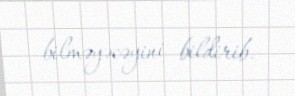
bilməyəcəyini bildirib.